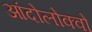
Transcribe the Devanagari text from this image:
आंदोलोक्वो